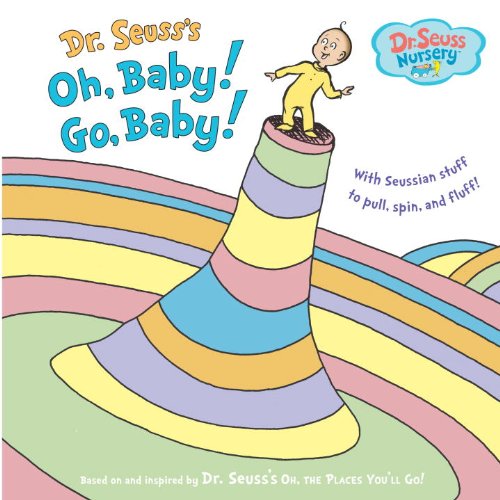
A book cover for Oh, Baby! Go, Baby! (Dr. Seuss Nursery Collection); Seuss; Children's Books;